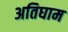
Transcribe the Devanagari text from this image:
अतिघाम